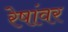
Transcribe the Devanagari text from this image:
रेषांवर